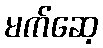
မက်ဆေ့